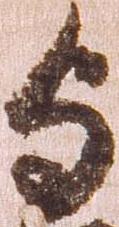
与